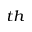
^ { t h }